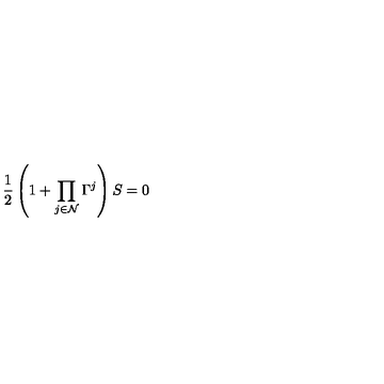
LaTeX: { \frac { 1 } { 2 } } \left( 1 + \prod _ { j \in { \cal N } } \Gamma ^ { j } \right) S = 0